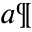
^ { a \P }